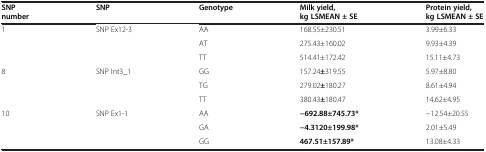
| SNP number | SNP | Genotype | Milk yield, kg LSMEAN ± SE | Protein yield, kg LSMEAN ± SE |
 | --- | --- | --- | --- | --- |
 | <ROWSPAN=3> 1 | <ROWSPAN=3> SNP Ex12-3 | AA | 168.55±230.51 | 3.99±6.33 |
 | AT | 275.43±160.02 | 9.93±4.39 |
 | TT | 514.41±172.42 | 15.11±4.73 |
 | <ROWSPAN=3> 8 | <ROWSPAN=3> SNP Int3_1 | GG | 157.24±319.55 | 5.97±8.80 |
 | TG | 279.02±180.27 | 8.61±4.94 |
 | TT | 380.43±180.47 | 14.62±4.95 |
 | <ROWSPAN=3> 10 | <ROWSPAN=3> SNP Ex1-1 | AA | −692.88±745.73* | −12.54±20.55 |
 | GA | −4.3120±199.98* | 2.01±5.49 |
 | GG | 467.51±157.89* | 13.08±4.33 |